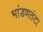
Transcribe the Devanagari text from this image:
भांडणतंटा